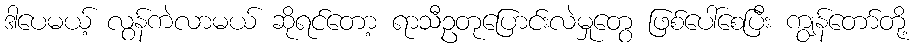
ဒါပေမယ့် လွန်ကဲလာမယ် ဆိုရင်တော့ ရာသီဥတုပြောင်းလဲမှုတွေ ဖြစ်ပေါ်စေပြီး ကျွန်တော်တို့